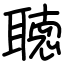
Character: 聴